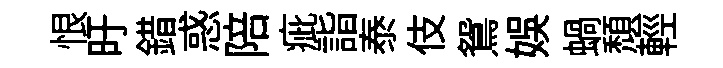
恨旴錯惑陪疵詣泰伎鴛娱蝸頽輕